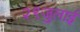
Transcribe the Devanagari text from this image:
२९जुलाई